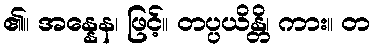
၏။ အန္နေန၊ ဖြင့်။ တပ္ပယိန္တိ၊ ကား။ တ